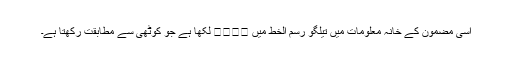
اسی مضمون کے خانہ معلومات میں تیلگو رسم الخط میں కోఠి لکھا ہے جو کوٹھی سے مطابقت رکھتا ہے۔